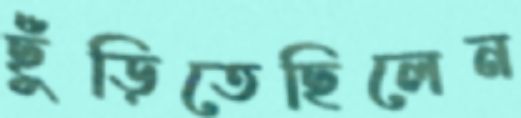
ছুঁড়িতেছিলেন